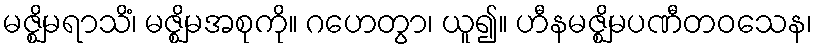
မဇ္ဈိမရာသိံ၊ မဇ္ဈိမအစုကို။ ဂဟေတွာ၊ ယူ၍။ ဟီနမဇ္ဈိမပဏီတဝသေန၊